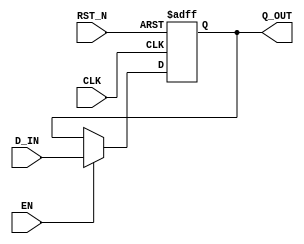

// Copyright (c) 2000-2009 Bluespec, Inc.

// Permission is hereby granted, free of charge, to any person obtaining a copy
// of this software and associated documentation files (the "Software"), to deal
// in the Software without restriction, including without limitation the rights
// to use, copy, modify, merge, publish, distribute, sublicense, and/or sell
// copies of the Software, and to permit persons to whom the Software is
// furnished to do so, subject to the following conditions:

// The above copyright notice and this permission notice shall be included in
// all copies or substantial portions of the Software.

// THE SOFTWARE IS PROVIDED "AS IS", WITHOUT WARRANTY OF ANY KIND, EXPRESS OR
// IMPLIED, INCLUDING BUT NOT LIMITED TO THE WARRANTIES OF MERCHANTABILITY,
// FITNESS FOR A PARTICULAR PURPOSE AND NONINFRINGEMENT. IN NO EVENT SHALL THE
// AUTHORS OR COPYRIGHT HOLDERS BE LIABLE FOR ANY CLAIM, DAMAGES OR OTHER
// LIABILITY, WHETHER IN AN ACTION OF CONTRACT, TORT OR OTHERWISE, ARISING FROM,
// OUT OF OR IN CONNECTION WITH THE SOFTWARE OR THE USE OR OTHER DEALINGS IN
// THE SOFTWARE.
//
// $Revision: 24080 $
// $Date: 2011-05-18 19:32:52 +0000 (Wed, 18 May 2011) $

`ifdef BSV_ASSIGNMENT_DELAY
`else
`define BSV_ASSIGNMENT_DELAY
`endif

// Standard register with asynchronous reset
module RegAligned(CLK, RST_N, Q_OUT, D_IN, EN);

   parameter width = 1;
   parameter init = { width {1'b0}} ;

   input     CLK;
   input     RST_N;
   input     EN;
   input [width - 1 : 0] D_IN;
   output [width - 1 : 0] Q_OUT;

   reg [width - 1 : 0]    Q_OUT;

   always@(posedge CLK or negedge RST_N) begin
      if (RST_N == 0)
        Q_OUT <= `BSV_ASSIGNMENT_DELAY init;
      else
        begin
           if (EN)
             Q_OUT <= `BSV_ASSIGNMENT_DELAY D_IN;
        end 
   end // always@ (posedge CLK or negedge RST_N)
   

`ifdef BSV_NO_INITIAL_BLOCKS
`else // not BSV_NO_INITIAL_BLOCKS
   // synopsys translate_off
   initial begin
      Q_OUT = {((width + 1)/2){2'b10}} ;
   end
   // synopsys translate_on
`endif // BSV_NO_INITIAL_BLOCKS

endmodule